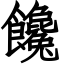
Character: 饞